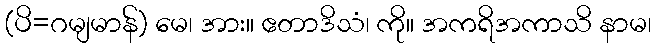
(ပိ=ဂမျမာန်) မေ၊ အား။ ဧတာဒိသံ၊ ကို။ အကရိအကာသိ နာမ၊